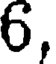
6,